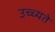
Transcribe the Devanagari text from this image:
उच्च्यते